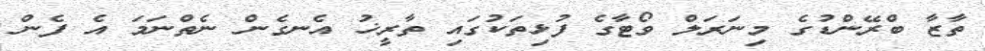
ތާޒާ ބްރޭންޑުގެ މިނަރަލް ވޯޓާގެ ފުޅިތަކުގައި ތާރީޚު އެނގެން ނެތްނަމަ އެ ފެން